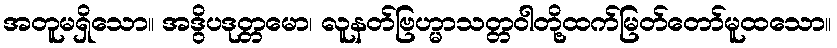
အတူမရှိသော။ အဒွိပဒုတ္တမော၊ လူနတ်ဗြဟ္မာသတ္တဝါတို့ထက်မြတ်တော်မူထသော။